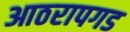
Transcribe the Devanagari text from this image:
आठरापगड